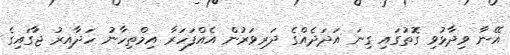
އޭނާ ވިދާޅުވި ގޮތުގައި ގިނަ އަދަދެއްގެ ދަރިވަރުން އެއްފަހަރާ އިމްތިހާނު ހަދާއިރު ޖާގައިގެ